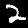
Label: 2